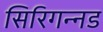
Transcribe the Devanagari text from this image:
सिरिगन्नड